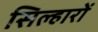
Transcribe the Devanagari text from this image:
सिल्हारों